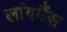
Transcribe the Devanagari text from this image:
लांगमैंस